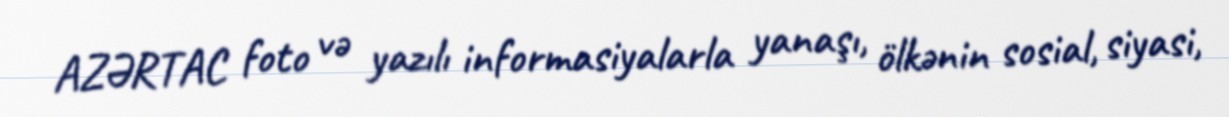
AZƏRTAC foto və yazılı informasiyalarla yanaşı, ölkənin sosial, siyasi,